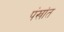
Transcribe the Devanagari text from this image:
पंखांत